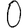
Digit: 0